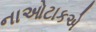
નાઓટાકએ